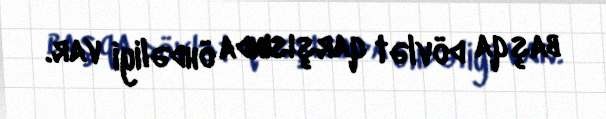
başqa dövlət qarşısında öhdəliyi var.